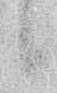
候